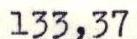
133,37